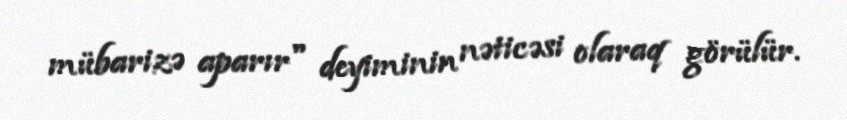
mübarizə aparır" deyiminin nəticəsi olaraq görülür.